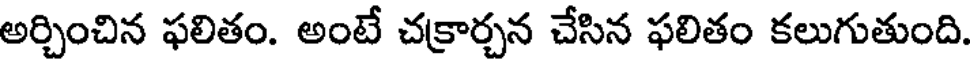
అర్చించిన ఫలితం. అంటే చక్రార్చన చేసిన ఫలితం కలుగుతుంది.